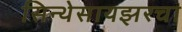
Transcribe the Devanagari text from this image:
सिन्थेसायझरचा